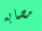
مصابه